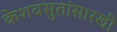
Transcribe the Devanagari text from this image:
केशवसुतांसारखी